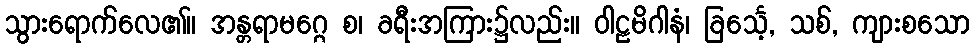
သွားရောက်လေ၏။ အန္တရာမဂ္ဂေ စ၊ ခရီးအကြား၌လည်း။ ဝါဠမိဂါနံ၊ ခြင်္သေ့, သစ်, ကျားစသော